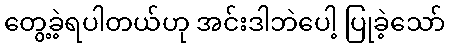
တွေ့ခဲ့ရပါတယ်ဟု အင်းဒါဘဲပေါ့ ပြုခဲ့သော်